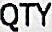
QTY